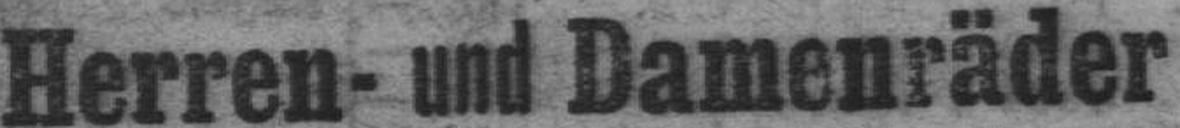
Herren- und Damenräder